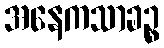
အနေကသာခဉ္စ